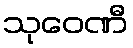
သုဝေဏီ